Vaccination in Bombay 1874-1876 - 1874-1876
Year: 1874
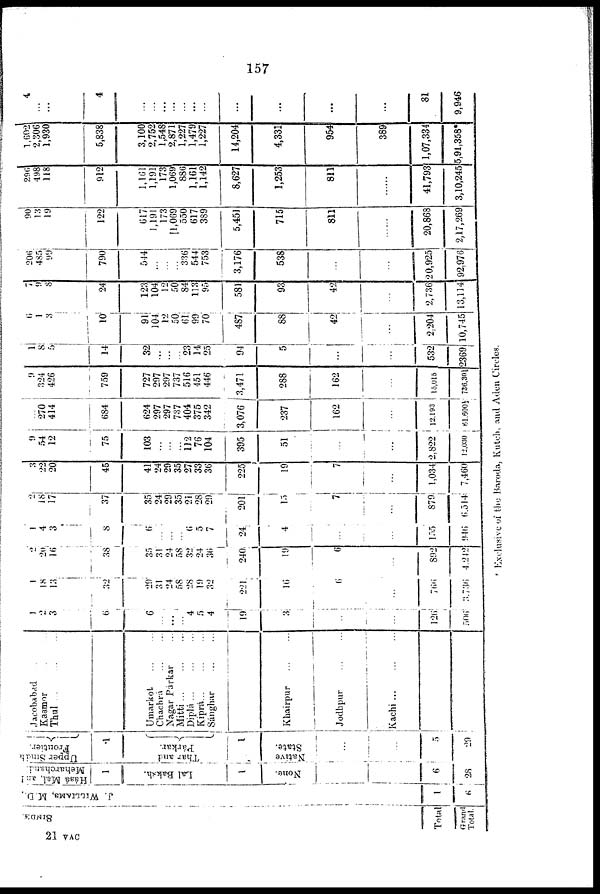
157
SINDH.
Total
Grand
Total.
J. WILLIAMS, M.. D.,
1
6
Hásá Mal, and
Meharchand.
1
Lal Baksh.
1
None.
6
28
Upper Sindh
Frontier.
1
Thar and
Párkar.
1
Native
State.
...
5
29
Jacobabad ... ...
Kasmor ... ...
Thul
...
...
...
Umarkot
...
...
Chacbrá ... ...
Nagar Párkar ...
Mitti
...
...
...
Diplá
...
...
...
Kiprá
...
...
...
Sánghar
...
...
Khairpur
...
...
Judhpur ... ...
Kachi
...
...
...
...
1
2
3
6
6
...
...
...
4
5
4
19
3
...
...
126
506
1
18
13
32
29
31
24
58
28
19
32
221
16
6
...
766
3,736
2
20
16
38
35
31
24
58
32
24
36
240
19
6
...
892
4,242
1
4
3
8
6
...
...
...
6
5
7
24
4
...
...
155
946
2
18
17
37
35
24
29
35
21
28
29
201
15
7
...
879
6,514
3
22
20
45
41
24
29
35
27
33
36
225
19
7
...
1,034
7,460
9
54
12
75
103
...
...
...
112
76
104
395
51
...
...
2,822
12,030
...
270
414
684
624
297
297
737
404
375
342
3,076
237
162
...
12,193
61,600½
9
324
426
759
727
297
297
737
516
451
446
3,471
288
162
...
15,015
736,30½
1
8
5
14
32
...
...
...
23
14
25
94
5
...
...
532
2369
6
1
3
10
91
104
12
50
61
99
70
487
88
42
...
2,204
10,745
7
9
8
24
123
104
12
50
84
113
95
581
93
42
...
2,736
13,114
206
485
99
790
544
...
...
...
336
544
753
3,176
538
...
...
20,925
92,976
90
13
19
122
617
1,191
173
11,069
550
617
389
5,451
715
811
...
20,868
2,17,269
296
498
118
912
1,161
1,191
173
1,069
886
1,161
1,142
8,627
1,253
811
...
41,793
3,10,245
1,602
2,306
1,930
5,838
3,100
2,752
1,548
2,871
1,227
1,479
1,227
14,204
4,331
954
389
1,07,334
5,91,358*
4
...
...
4
...
...
...
...
...
...
...
...
...
...
...
31
9,946
* Exclusive of the Baroda, Kutch, and Aden Circles.
21 VAC